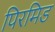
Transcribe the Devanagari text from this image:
पिरमिड